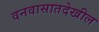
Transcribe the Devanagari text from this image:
वनवासातदेखील